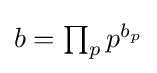
{\textstyle b=\prod _{p}p^{b_{p}}}